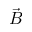
\vec { B }